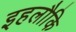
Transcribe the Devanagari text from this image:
इहलौकि